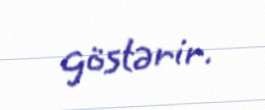
göstərir.